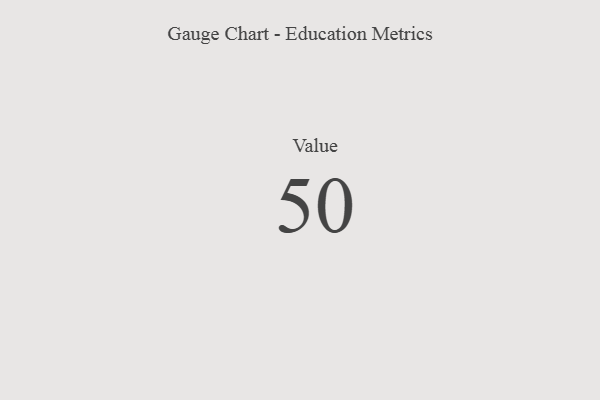
{"axis": {"x": "Metric", "y": "Value"}, "legend": [""], "data": [{"x": "Value", "y": 50, "type": ""}]}